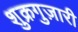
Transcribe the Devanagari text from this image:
शुक्रगुज़ारी